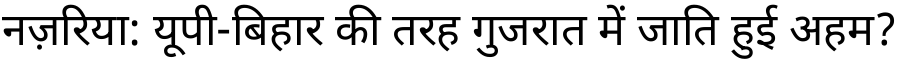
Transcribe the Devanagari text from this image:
नज़रिया: यूपी-बिहार की तरह गुजरात में जाति हुई अहम?